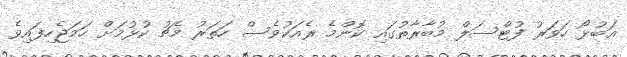
އަބުޅޯ ހަވަރު ފުޓްސަލް މުބާރާތުގައި ކޮންމެ ރެއަކުވެސް ހަތަރު މެޗު ކުޅުމަށް ހަމަޖެހިފައިވެ